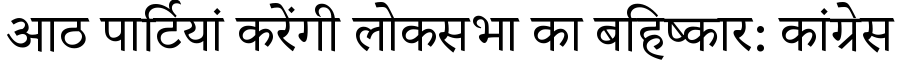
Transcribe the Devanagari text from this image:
आठ पार्टियां करेंगी लोकसभा का बहिष्कार: कांग्रेस